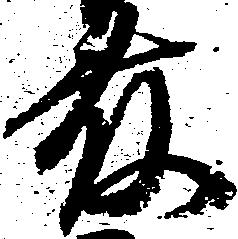
藤